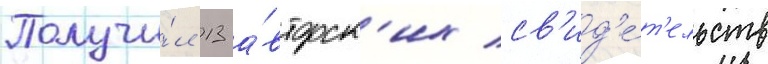
Получи́л 13 а́вторск'их св'ид'е́т'ельств